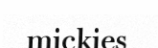
mickies